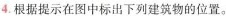
4.根据提示在图中标出下列建筑物的位置。